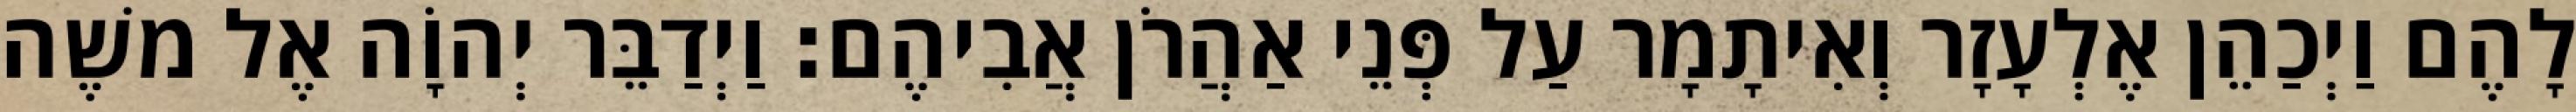
לָהֶם וַיְכַהֵן אֶלְעָזָר וְאִיתָמָר עַל פְּנֵי אַהֲרֹן אֲבִיהֶם׃ וַיְדַבֵּר יְהוָֹה אֶל משֶׁה